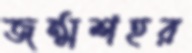
জন্মশহর